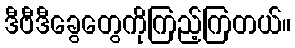
ဒီဗီဒီခွေတွေကိုကြည့်ကြတယ်။